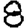
Digit: 8